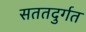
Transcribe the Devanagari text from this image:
सततदुर्गत